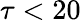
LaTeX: \tau<20